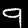
Digit: 9